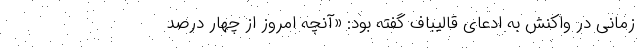
زمانی در واکنش به ادعای قالیباف گفته بود: «آنچه امروز از چهار درصد